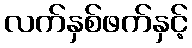
လက်နှစ်ဖက်နှင့်